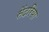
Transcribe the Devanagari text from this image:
सेंदरिया